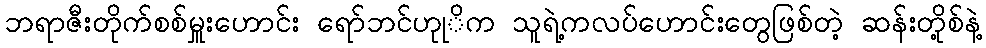
ဘရာဇီးတိုက်စစ်မှူးဟောင်း ရော်ဘင်ဟုုိက သူရဲ့ကလပ်ဟောင်းတွေဖြစ်တဲ့ ဆန်းတို့စ်နဲ့